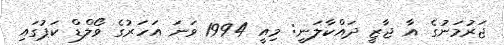
ޖަރުމަނުގެ އާ ޖާޒީ ދައްކާލަނީ: މިއީ 1994 ވަނަ އަހަރުގެ ވޯލްޑް ކަޕުގައި